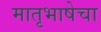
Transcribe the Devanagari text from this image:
मातृभाषेचा